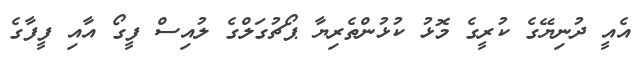
އެއީ ދުނިޔޭގެ ކުރީގެ މޮޅު ކުޅުންތެރިޔާ ޕޯޗުގަލްގެ ލުއިސް ފީގޯ އާއި ފީފާގެ